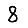
Digit: 8